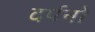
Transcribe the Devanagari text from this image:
दर्पनो